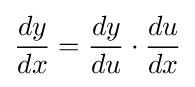
{\frac {dy}{dx}}={\frac {dy}{du}}\cdot {\frac {du}{dx}}